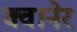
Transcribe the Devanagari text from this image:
क्वानेर